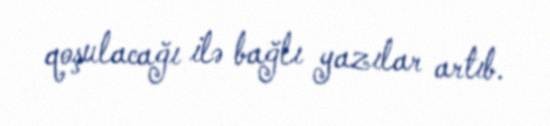
qoşulacağı ilə bağlı yazılar artıb.